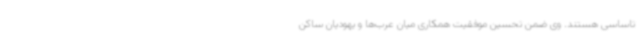
تاساسی هستند. وی ضمن تحسین موفقیت همکاری میان عرب‌ها و یهودیان ساکن